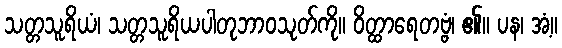
သတ္တသူရိယံ၊ သတ္တသူရိယပါတုဘာဝသုတ်ကို။ ဝိတ္ထာရေတဗ္ဗံ၊ ၏။ ပန၊ အံ့။